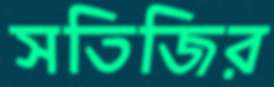
সতিজির